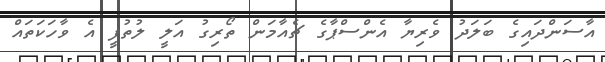
އާސަންދައިގެ ބަލަދު ވެރިޔާ އެންސްޕާގެ ޗެއާމަން ތޯރިގު އަލީ ލުތުފީ އެ ވާހަކަތައް